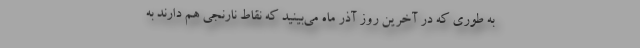
به طوری که در آخرین روز آذر ماه می‌بینید که نقاط نارنجی هم دارند به